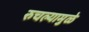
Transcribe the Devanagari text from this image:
रुचल्यामुळे